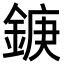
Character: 𮢘